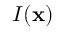
I ( { \bf x } )